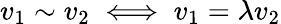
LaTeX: v_{1}\sim v_{2}\iff v_{1}=\lambda v_{2}